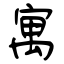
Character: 寓